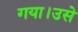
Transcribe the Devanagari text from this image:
गया।उसे